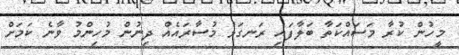
މީހުން ކުރާ މަސައްކަތާ ބަލާފައި ރަނގަޅު މުސާރައެއް ދިނުން މުހިންމު ވާނެ ކަމަށް